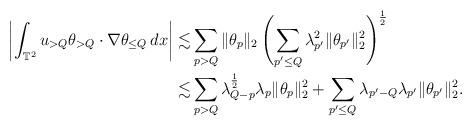
LaTeX: \begin{align*}\left|\int_{\mathbb T^2}u_{>Q}\theta_{>Q}\cdot\nabla\theta_{\leq Q}\,dx\right|\lesssim &\sum_{p>Q}\|\theta_p\|_2\left(\sum_{p'\leq Q}\lambda_{p'}^2\|\theta_{p'}\|_2^2\right)^{\frac 12}\\\lesssim &\sum_{p> Q}\lambda_{Q-p}^{\frac 12}\lambda_p\|\theta_p\|_2^2+\sum_{p'\leq Q}\lambda_{p'-Q}\lambda_{p'}\|\theta_{p'}\|_2^2.\end{align*}